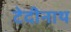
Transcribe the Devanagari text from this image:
टेदीनाथ